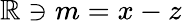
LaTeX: \mathbb{R}\ni m=x-z